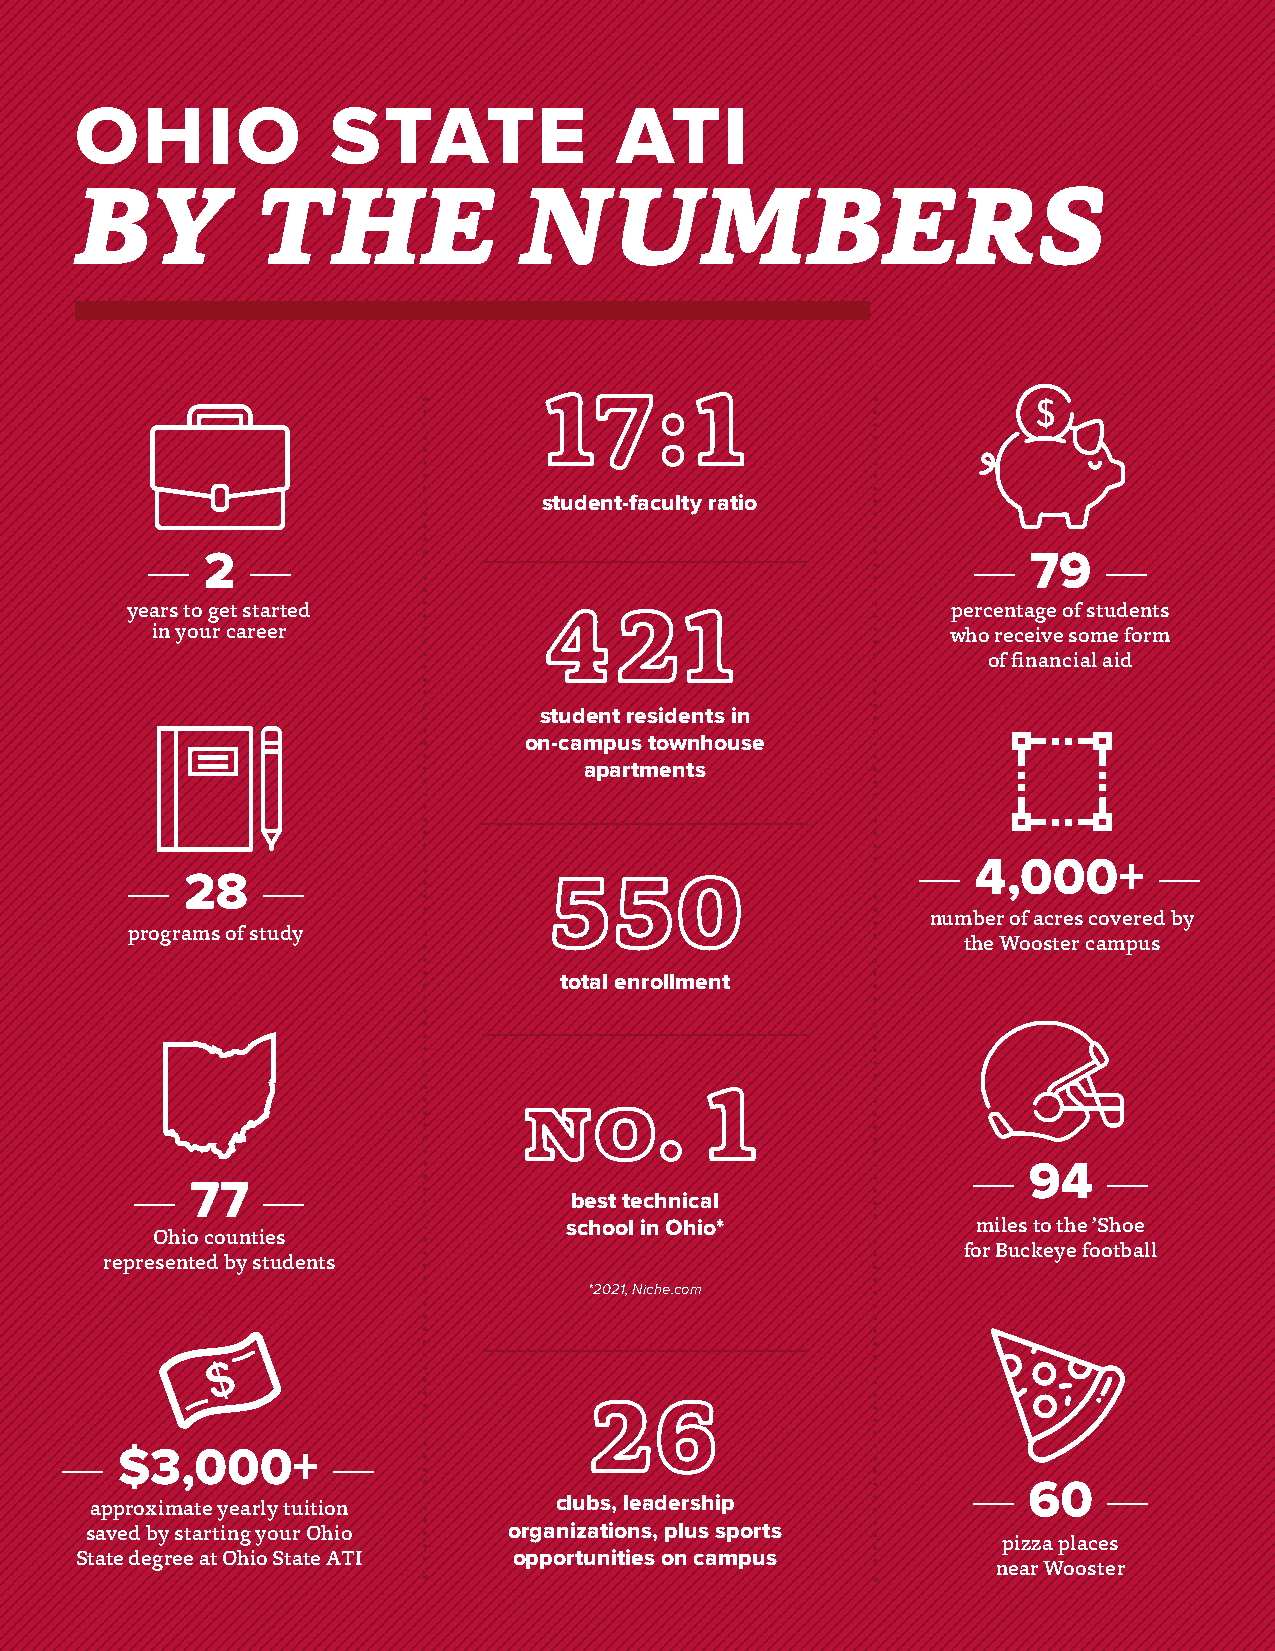
OHIO             STATE              ATI
 BY          THE              NUMBERS
 17:1
 student-faculty ratio
 —  2  —                                               —   79   —
 years to get started                                   percentage of students
 421
 in your career                                       who receive some form
 of financial aid
 student residents in
 on-campus townhouse
 apartments
 —   4,000+      —
 —   28   —                  550
 number of acres covered by
 programs of study
 the Wooster campus
 total enrollment
 no.        1
 —   94   —
 —   77  —
 best technical
 school in Ohio*             miles to the ’Shoe
 Ohio counties
 for Buckeye football
 represented by students
 *2021, Niche.com
 26
 —   $3,000+       —
 —   60   —
 clubs, leadership
 approximate yearly tuition
 saved by starting your Ohio organizations, plus sports
 pizza places
 State degree at Ohio State ATI opportunities on campus
 near Wooster